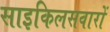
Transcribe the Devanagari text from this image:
साइकिलसवारों